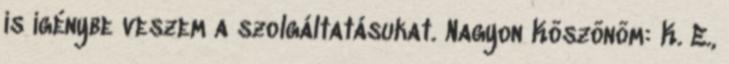
is igénybe veszem a szolgáltatásukat. Nagyon Köszönöm: K. E.,